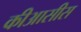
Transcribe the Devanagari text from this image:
कीआसीस